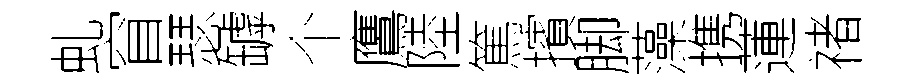
虬窅瑟罅个鷹陸篤擯脚藻携蓮禇